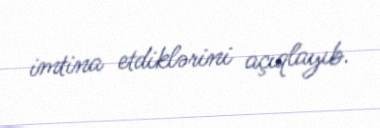
imtina etdiklərini açıqlayıb.